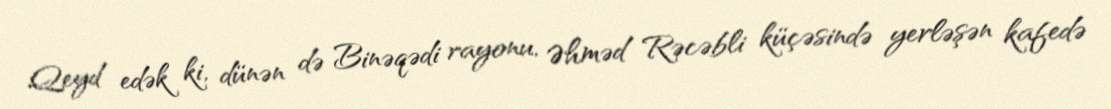
Qeyd edək ki, dünən də Binəqədi rayonu, Əhməd Rəcəbli küçəsində yerləşən kafedə